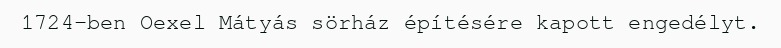
1724-ben Oexel Mátyás sörház építésére kapott engedélyt.